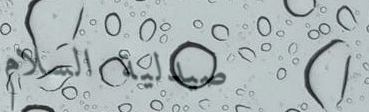
صيدلية السلام